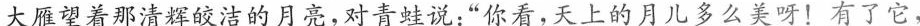
大雁望着那清辉皎洁的月亮，对青蛙说：“你看，天上的月儿多么美呀！有了它，